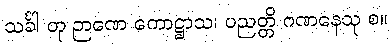
သင်္ခါ တု ဉာဏေ ကောဋ္ဌာသ၊ ပညတ္တိ ဂဏနေသု စ။